Indian journal of veterinary science and animal husbandry - Volume 11,
Year: 1941
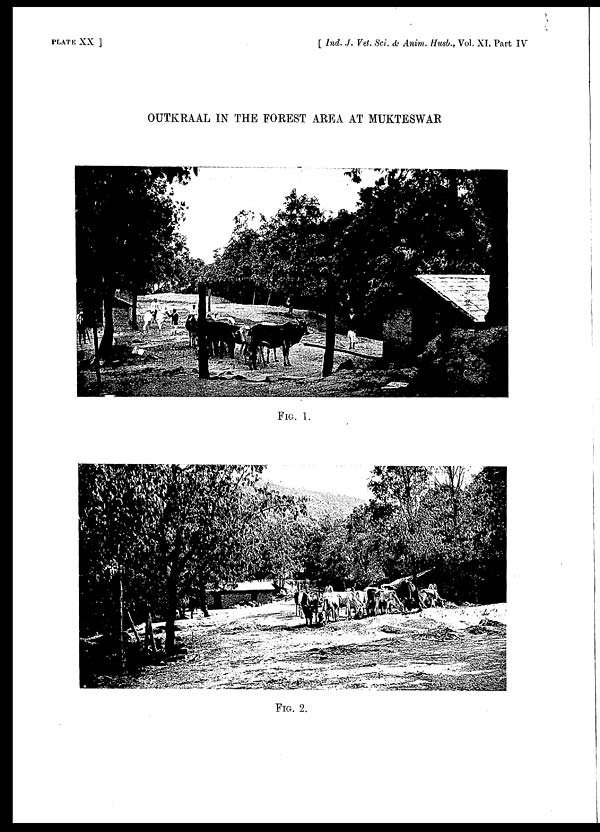
PLATE XX ]
[ Ind. J. Vet. Sci. & Anim. Husb., Vol. XI, Part IV
OUTKRAAL IN THE FOREST AREA AT MUKTESWAR
FIG. 1.
FIG. 2.